Calcutta medical institutions reports 1892-1900
Year: 1892
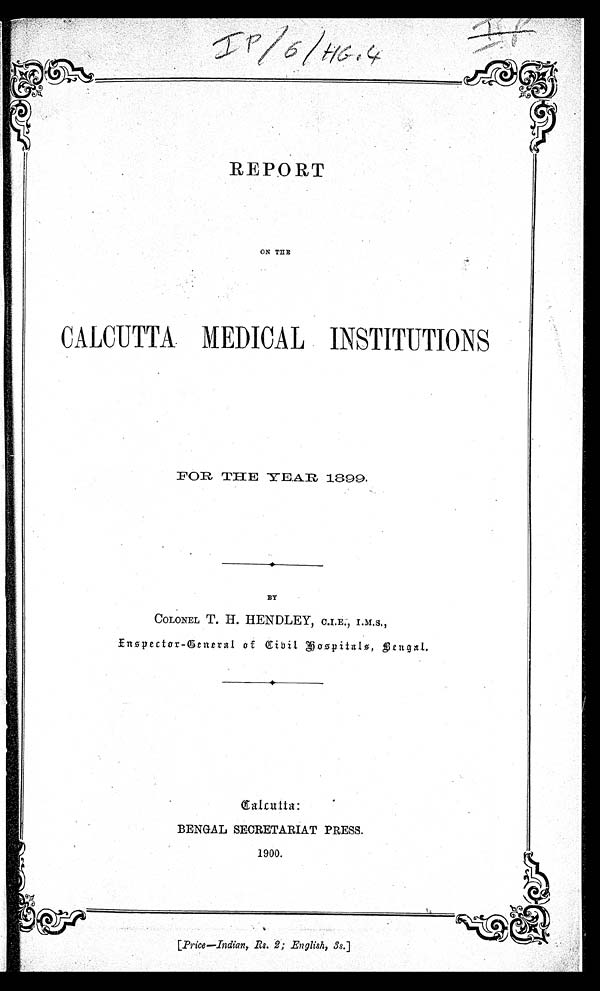
REPORT
ON THE
CALCUTTA MEDICAL INSTITUTIONS
FOR THE YEAR, 1899.
BY
COLONEL T. H. HENDLEY, C.I.E., I.M.S.,
Inspector-General of Civil Hospita1s, Bengal.
Calcu tta:
BENGAL SECRETARIAT PRESS.
1900.
[Price—Indian, Rs. 2; English, 3s.]